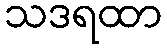
သဒရထာ